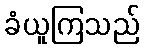
ခံယူကြသည်